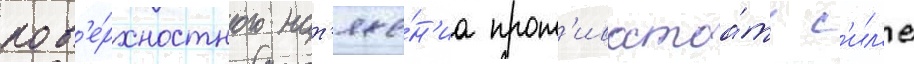
пов'е́рхностного нат'яже́н'иа прот'ивостоа́ть с'ил'е